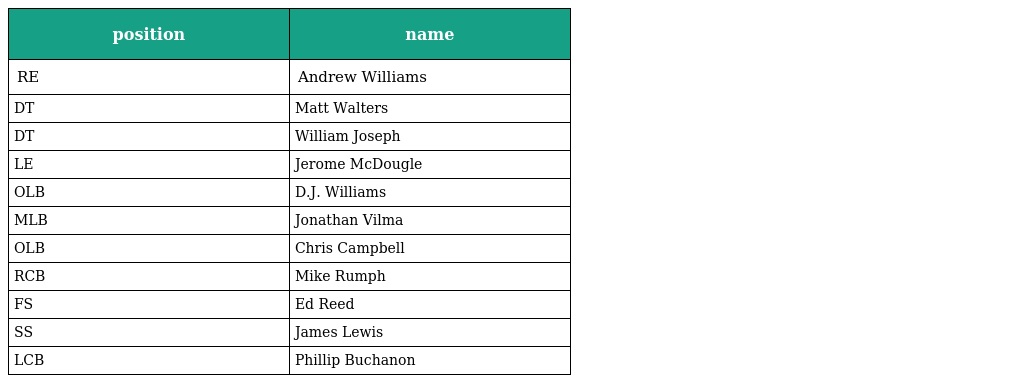
| position | name |
 | --- | --- |
 | RE | Andrew Williams |
 | DT | Matt Walters |
 | DT | William Joseph |
 | LE | Jerome McDougle |
 | OLB | D.J. Williams |
 | MLB | Jonathan Vilma |
 | OLB | Chris Campbell |
 | RCB | Mike Rumph |
 | FS | Ed Reed |
 | SS | James Lewis |
 | LCB | Phillip Buchanon |